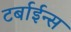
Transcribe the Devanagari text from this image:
टर्बाईन्स